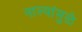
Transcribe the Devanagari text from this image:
नाल्यांमुळे